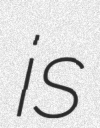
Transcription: is